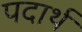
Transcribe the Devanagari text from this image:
पदार्थ